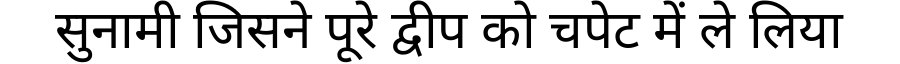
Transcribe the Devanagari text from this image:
सुनामी जिसने पूरे द्वीप को चपेट में ले लिया